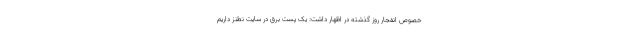
خصوص انفجار روز گذشته در اظهار داشت: یک پست برق در سایت نطنز داریم